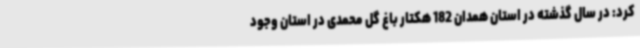
کرد: در سال گذشته در استان همدان 182 هکتار باغ گل محمدی در استان وجود